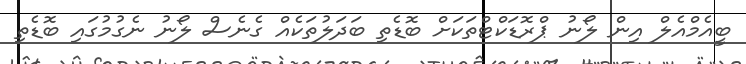
ބީއެމްއެލް އިން ލޯނު ޕްރޮޑަކްޓްތަކަށް ބޮޑެތި ބަދަލުތަކެއް ގެނެސް ލޯނު ނެގުމުގައި ބޮޑެތި